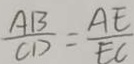
\frac { A B } { C D } = \frac { A E } { E C }